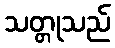
သတ္တုသည်